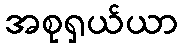
အစုရှယ်ယာ